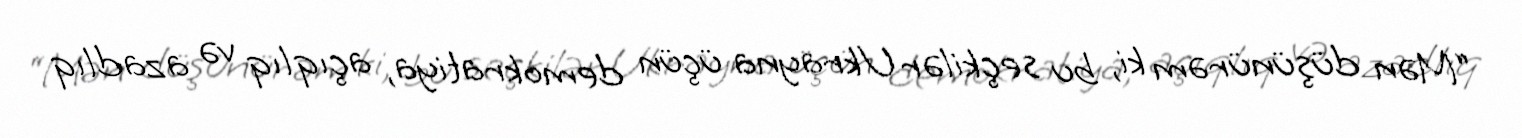
“Mən düşünürəm ki, bu seçkilər Ukrayna üçün demokratiya, açıqlıq və azadlıq